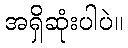
အရှိဆုံးပါပဲ။